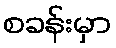
စခန်းမှာ